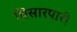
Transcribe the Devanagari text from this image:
घिसारपारी